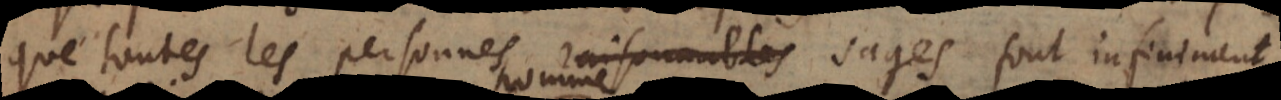
que toutes les personnes raisonnables sages font infiniment